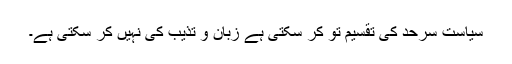
سیاست سرحد کی تقسیم تو کر سکتی ہے زبان و تذیب کی نہیں کر سکتی ہے۔